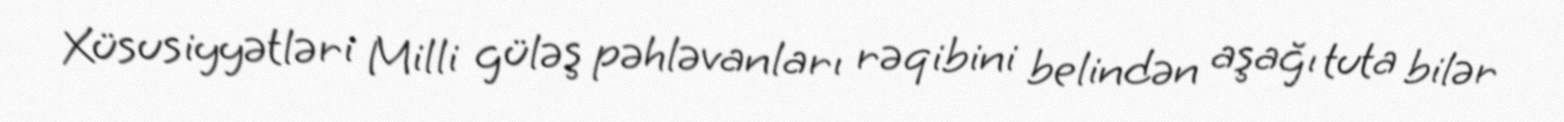
Xüsusiyyətləri Milli güləş pəhləvanları rəqibini belindən aşağı tuta bilər